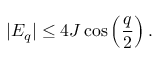
| E _ { q } | \leq 4 J \cos \left( \frac { q } { 2 } \right) .